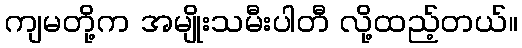
ကျမတို့က အမျိုးသမီးပါတီ လို့ထည့်တယ်။